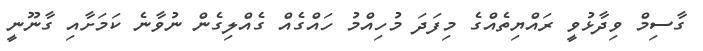
ގާސިމް ވިދާޅުވީ ރައްޔިތެއްގެ މިފަދަ މުހިއްމު ހައްގެއް ގެއްލިގެން ނުވާނެ ކަމަށާއި ގާނޫނީ